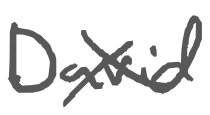
Text: David
Cross-out: mix
Writing tool: digital_gray